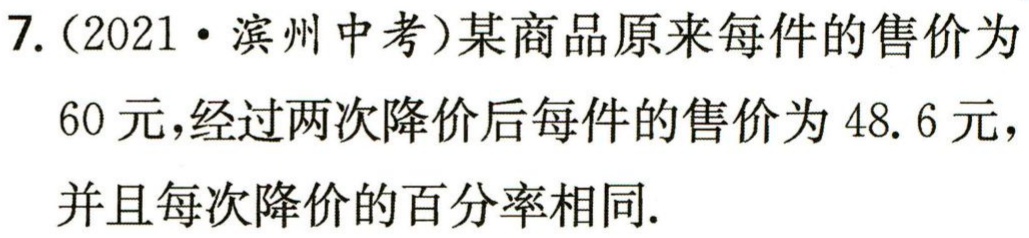
7.（2021·滨州中考）某商品原来每件的售价为

60 元，经过两次降价后每件的售价为 48. 6 元，

并且每次降价的百分率相同.